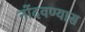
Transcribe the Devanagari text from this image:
नोंदवण्यास